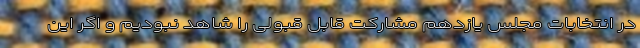
در انتخابات مجلس یازدهم مشارکت قابل قبولی را شاهد نبودیم و اگر این